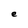
Character: e